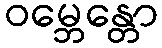
ဝမ္ဘေန္တော